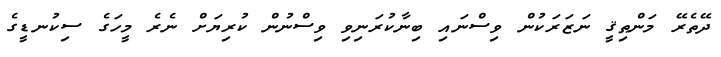
ދޭތެރޭ މަންޠިޤީ ނަޒަރަކުން ވިސްނައި ބިނާކުރަނިވި ވިސްނުން ކުރިޔަށް ނެރެ މީހަގެ ސިކުނޑީގެ